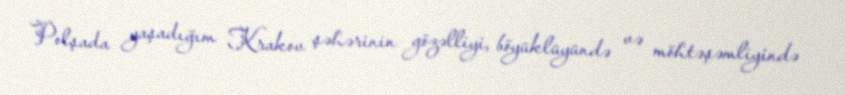
Polşada yaşadığım Krakov şəhərinin gözəlliyi, böyüklüyündə və möhtəşəmliyində